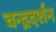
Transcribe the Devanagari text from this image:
चन्द्रदर्शन